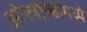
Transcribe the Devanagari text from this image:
ओस्त्राव्हामध्ये